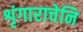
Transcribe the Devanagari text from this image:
शृंगाराचेनि